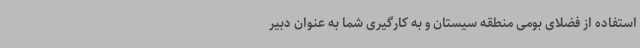
استفاده از فضلای بومی منطقه سیستان و به کارگیری شما به عنوان دبیر